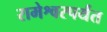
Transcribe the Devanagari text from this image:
रामेश्वरपर्यंत